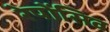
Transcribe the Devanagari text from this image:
रेपोंसिव